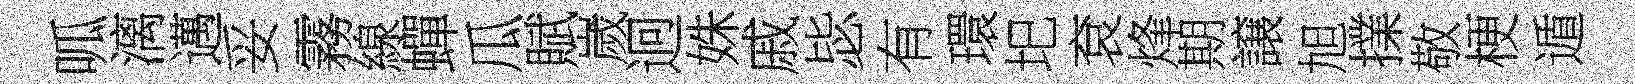
呱漓邁妥霧線蟬瓜賦嵗迥姝戚毖有環圯袞烽期譲旭擈敬梗遁